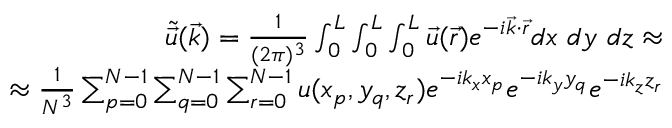
\begin{array} { r } { \tilde { \Vec { u } } ( \Vec { k } ) = \frac { 1 } { ( 2 \pi ) ^ { 3 } } \int _ { 0 } ^ { L } \int _ { 0 } ^ { L } \int _ { 0 } ^ { L } \Vec { u } ( \Vec { r } ) e ^ { - i \Vec { k } \cdot \Vec { r } } d x ~ d y ~ d z \approx } \\ { \approx \frac { 1 } { N ^ { 3 } } \sum _ { p = 0 } ^ { N - 1 } \sum _ { q = 0 } ^ { N - 1 } \sum _ { r = 0 } ^ { N - 1 } u ( x _ { p } , y _ { q } , z _ { r } ) e ^ { - i k _ { x } x _ { p } } e ^ { - i k _ { y } y _ { q } } e ^ { - i k _ { z } z _ { r } } } \end{array}